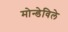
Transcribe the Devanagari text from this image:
मोन्डेविले